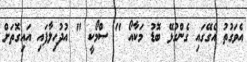
އެވަގުތު އެގޭގައި ގެންގުޅޭ ބޮޑު މަކާއޯ " ސްމޯކީ " އުދުހިލާފައި އައިގޮތަށް